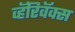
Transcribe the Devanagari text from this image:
व्हॅरिवॅक्स